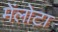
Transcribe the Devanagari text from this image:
मेंलोटा